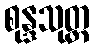
စုန္ဒသုတ္တ